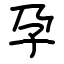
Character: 孕